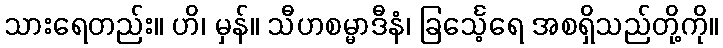
သားရေတည်း။ ဟိ၊ မှန်။ သီဟစမ္မာဒီနံ၊ ခြင်္သေ့ရေ အစရှိသည်တို့ကို။